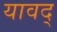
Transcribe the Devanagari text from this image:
यावद्